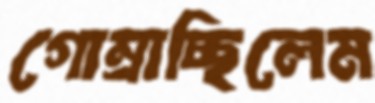
গোম্‌রাচ্ছিলেম